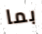
بما